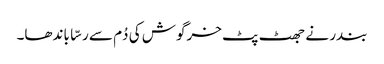
بندر نے جھٹ پٹ خرگوش کی دُم سے رسّا باندھا۔